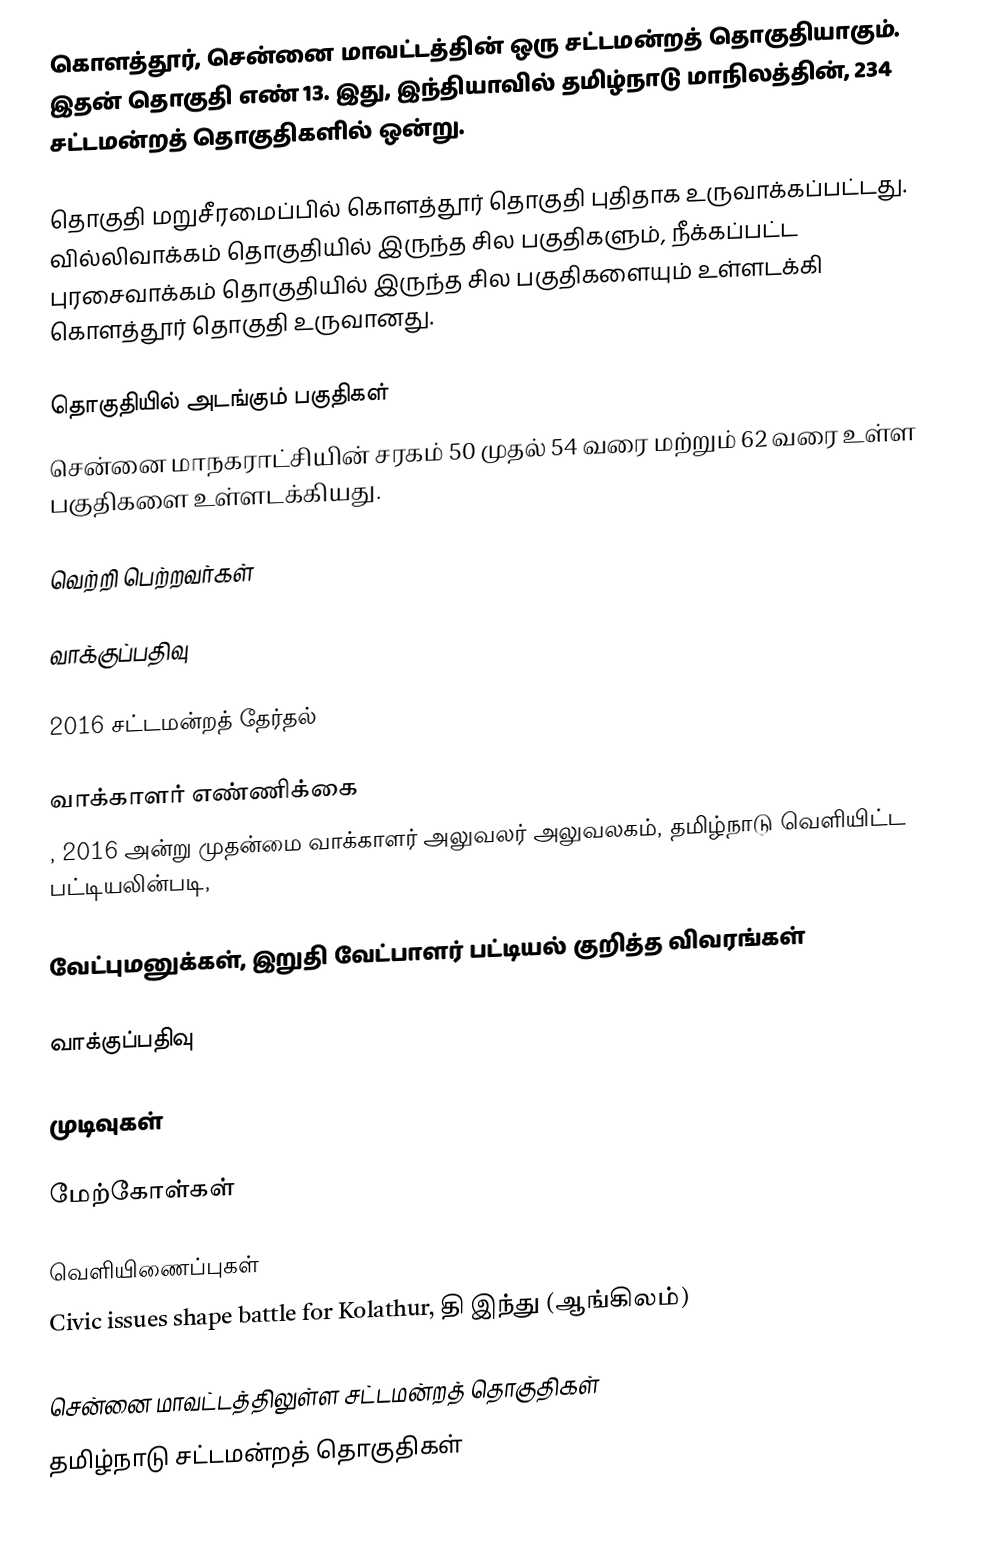
கொளத்தூர், சென்னை மாவட்டத்தின் ஒரு சட்டமன்றத் தொகுதியாகும். இதன் தொகுதி எண் 13. இது, இந்தியாவில் தமிழ்நாடு மாநிலத்தின், 234 சட்டமன்றத் தொகுதிகளில் ஒன்று.

தொகுதி மறுசீரமைப்பில் கொளத்தூர் தொகுதி புதிதாக உருவாக்கப்பட்டது. வில்லிவாக்கம் தொகுதியில் இருந்த சில பகுதிகளும், நீக்கப்பட்ட புரசைவாக்கம் தொகுதியில் இருந்த சில பகுதிகளையும் உள்ளடக்கி கொளத்தூர் தொகுதி உருவானது.

தொகுதியில் அடங்கும் பகுதிகள்
சென்னை மாநகராட்சியின் சரகம் 50 முதல் 54 வரை மற்றும் 62 வரை உள்ள பகுதிகளை உள்ளடக்கியது.

வெற்றி பெற்றவர்கள்

வாக்குப்பதிவு

2016 சட்டமன்றத் தேர்தல்

வாக்காளர் எண்ணிக்கை
, 2016 அன்று முதன்மை வாக்காளர் அலுவலர் அலுவலகம், தமிழ்நாடு வெளியிட்ட பட்டியலின்படி,

வேட்புமனுக்கள், இறுதி வேட்பாளர் பட்டியல் குறித்த விவரங்கள்

வாக்குப்பதிவு

முடிவுகள்

மேற்கோள்கள்

வெளியிணைப்புகள்
 Civic issues shape battle for Kolathur, தி இந்து (ஆங்கிலம்)

சென்னை மாவட்டத்திலுள்ள சட்டமன்றத் தொகுதிகள்
தமிழ்நாடு சட்டமன்றத் தொகுதிகள்